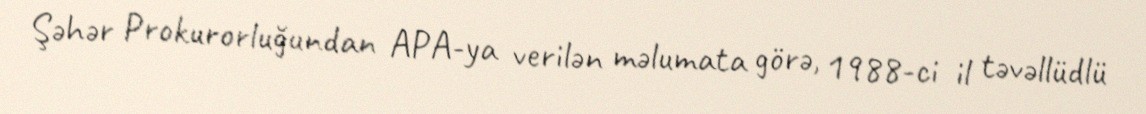
Şəhər Prokurorluğundan APA-ya verilən məlumata görə, 1988-ci il təvəllüdlü